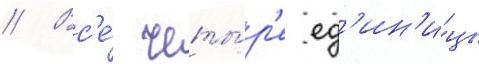
// Вс'е́ четы́р'е ед'ин'и́цы